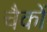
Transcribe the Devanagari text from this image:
चैकों